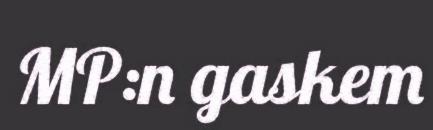
MP:n gaskem